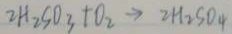
2 H _ { 2 } S O _ { 3 } + O _ { 2 } \rightarrow 2 H _ { 2 } S O _ { 4 }